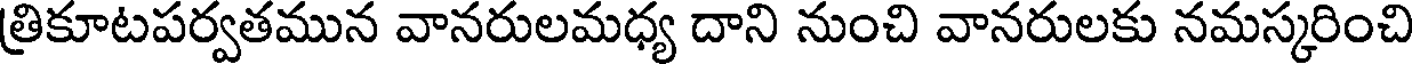
త్రికూటపర్వతమున వానరులమధ్య దాని నుంచి వానరులకు నమస్కరించి